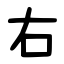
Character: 右